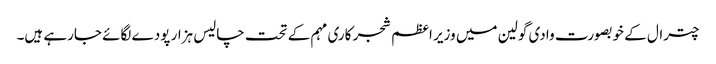
چترال کے خوبصورت وادی گولین میں وزیر اعظم شجر کاری مہم کے تحت چالیس ہزار پودے لگائے جارہے ہیں۔